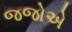
જજોએ